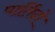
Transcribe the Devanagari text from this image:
पार्तिदो